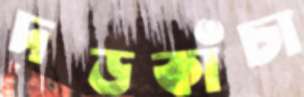
দড়কাঁচা